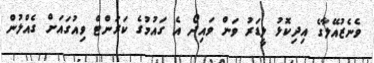
ވެެނެޒުއޭލާގެ އިދިކޮޅު ލީޑަރު ވަން ވައިދޯ އެ ގައުމުގެ ކަރަންޓް ވިއުގައަށް ގެއްލުން